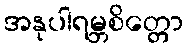
အနုပါရမ္ဘစိတ္တော